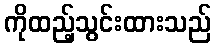
ကိုထည့်သွင်းထားသည်